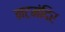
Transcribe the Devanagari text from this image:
नटमंदिर